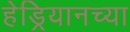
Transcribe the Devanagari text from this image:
हेड्रियानच्या